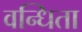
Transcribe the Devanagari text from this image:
वन्धिता